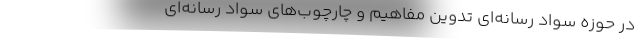
در حوزه­ سواد رسانه­‌ای تدوین مفاهیم و چارچوب‌­های سواد رسانه­‌ای